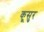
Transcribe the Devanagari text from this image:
कूसुर